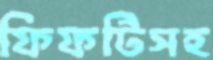
ফিফটিসহ